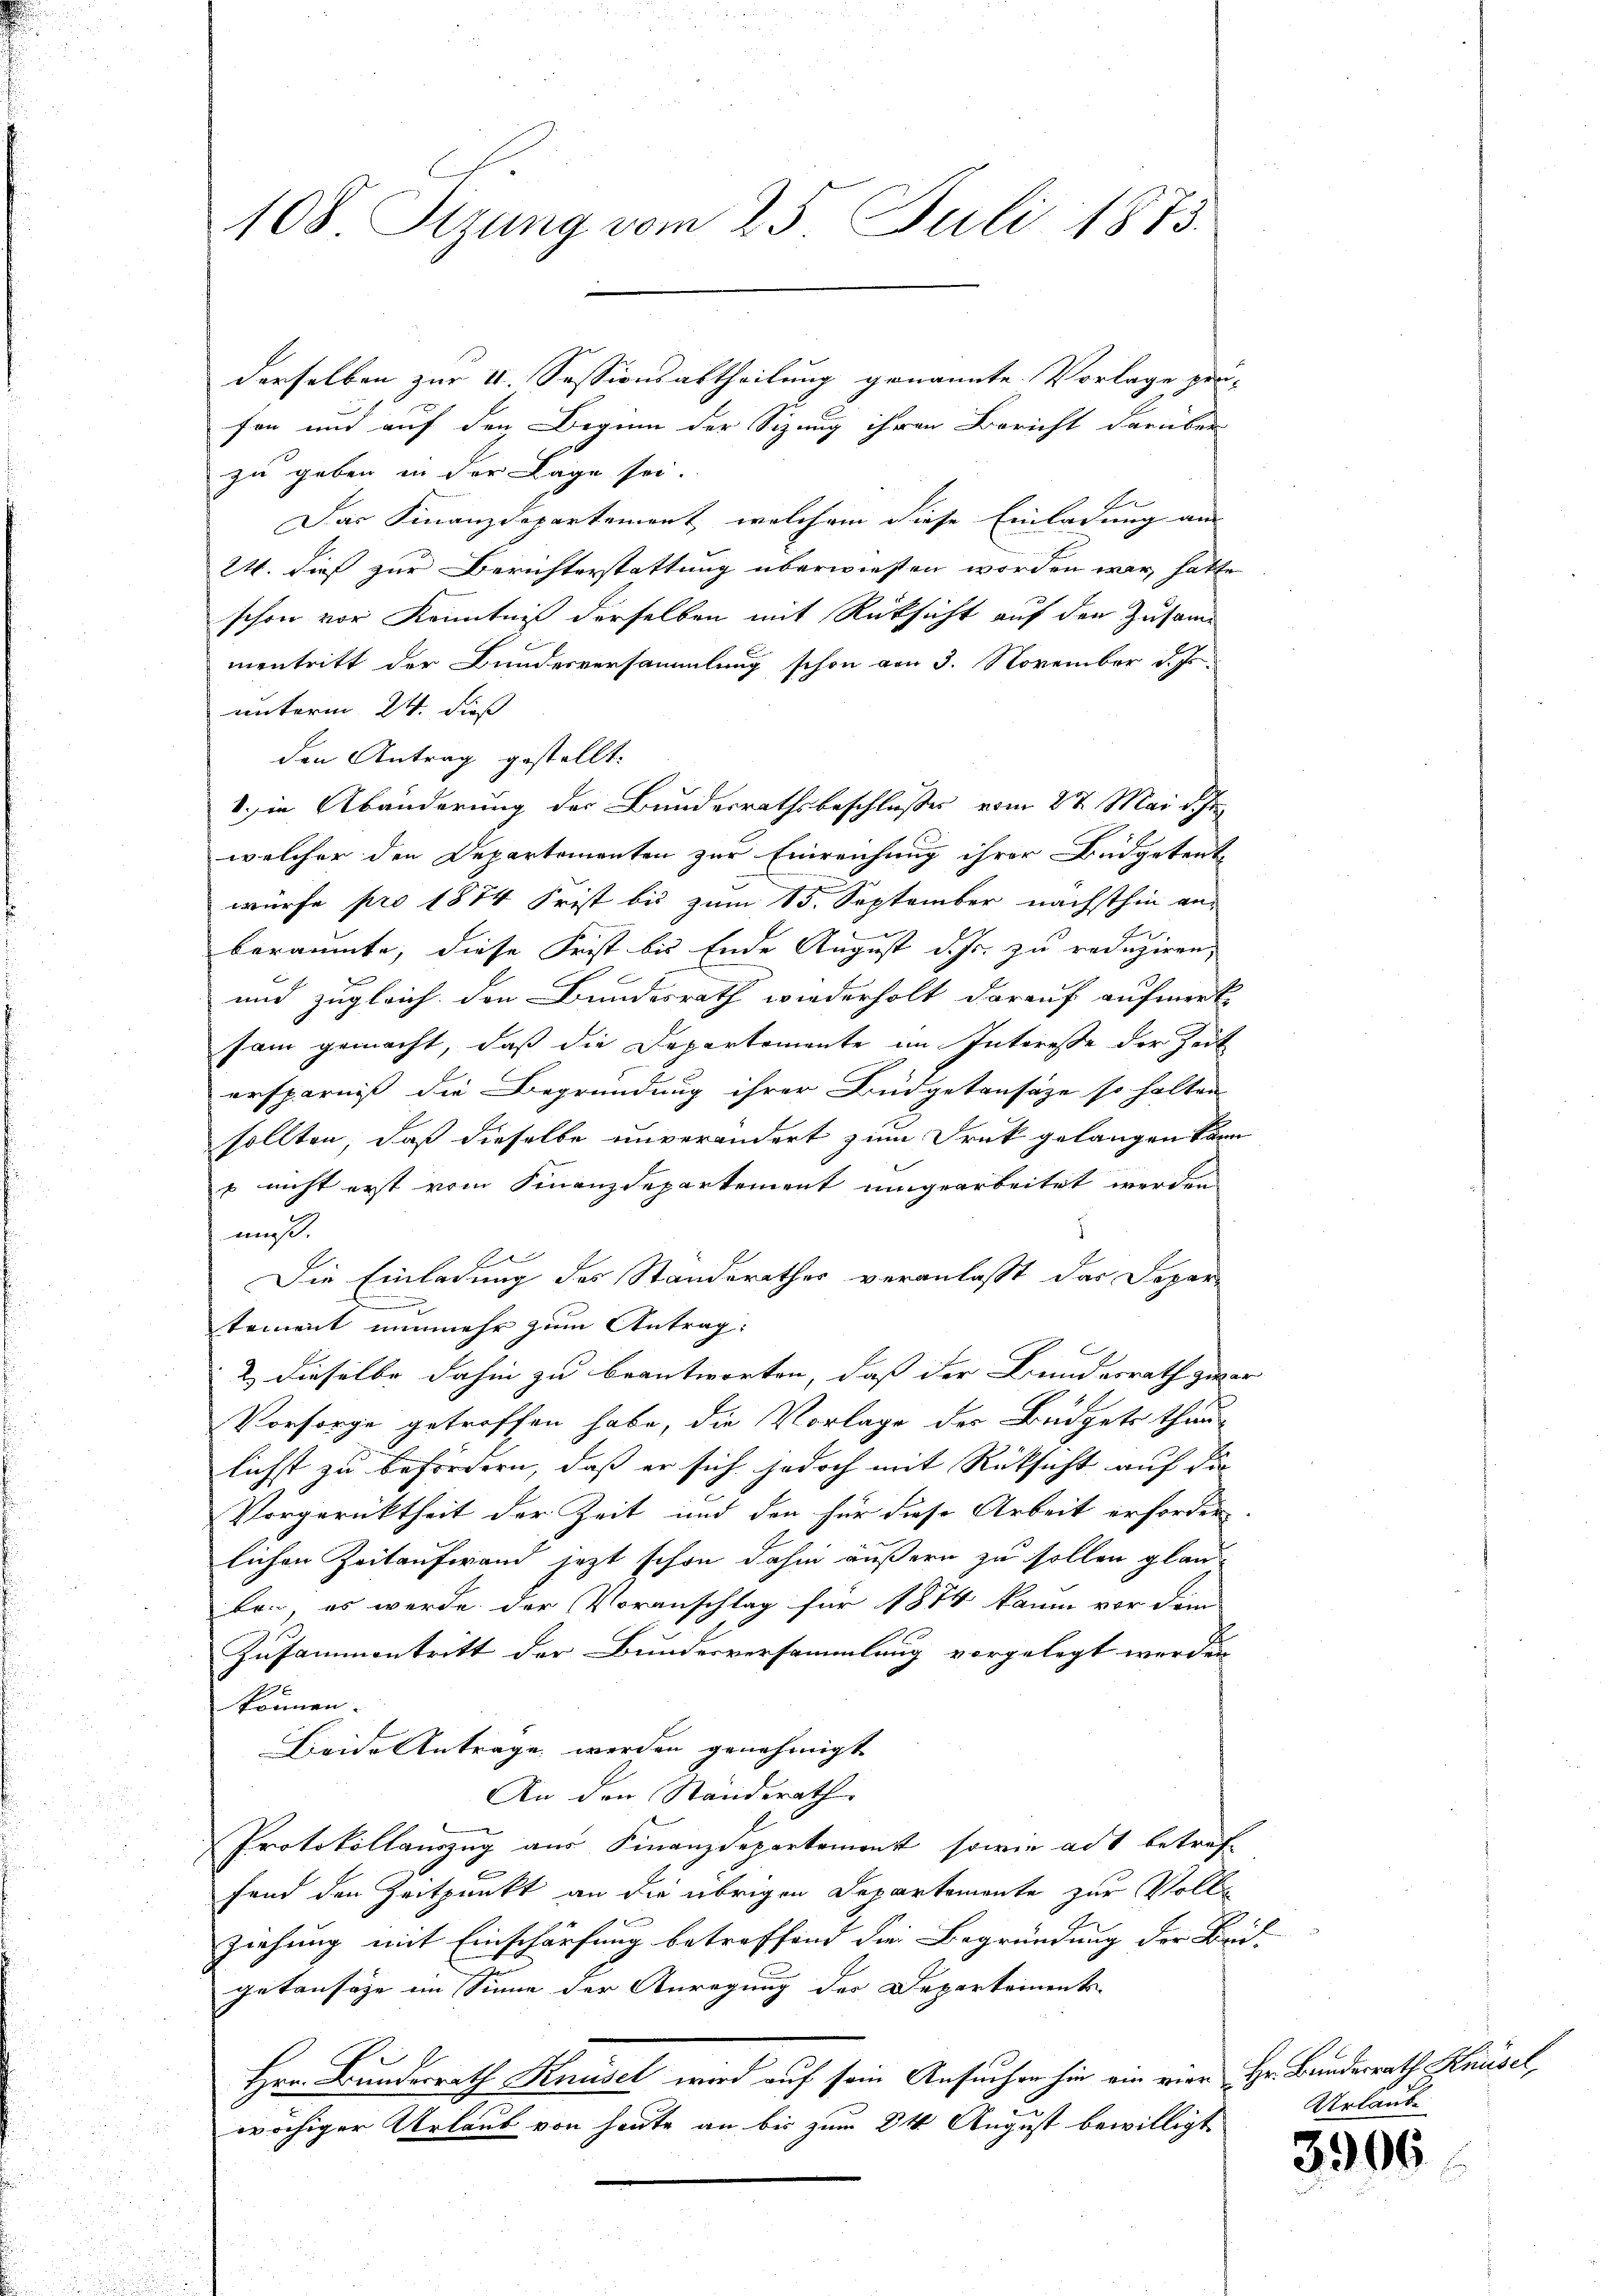
108 Sizung vom 25. Juli 1873.

fon und auf den Beginn der Sizung ihren Bericht darüber
zu geben in der Lage sei.
Das Finanzdepartement, welchem diese Einladung an |
24. dies zur Berichterstattung überwiesen worden war, hatte
schon vor Kenntniß derselben mit Rücksicht auf den Zusamm
mentritt der Bundesversammlung schon am 3. November d. Js.
unterm 24. dieß
den Antrag gestellt:
1. in Abänderung der Bundesrathsbeschlusses vom 27. Mai d. Jun
welcher den Departementen zur Einreichung ihrer Budgetente
würfe pro 1874 Frist bis zum 15. September nächsthin an-
beraumte, diese Frist bis Ende August d. Js. zu reduziren,
und zugleich den Bundesrath wiederholt darauf aufmerk-
sam gemacht, daß die Departemente im Interesse der Zeit
ersparniß die Begründung ihrer Büdgetansäze so halten
sollten, daß dieselbe unverändert zum Druk gelangen kann
s nicht erst vom Finanzdepartement umgearbeitet werden
mi.
f
Die Einladung des Standerathes veranlaßt das Depar
.
tement nunmehr zum Antrag:
2) dieselbe dahin zu beantworten, daß der Bundesrath zwar
Vorsorge getroffen habe, die Vorlage der Büdgets than-
lichst zu befördern, daß er sich jedoch mit Rücksicht auf die
Vorgerücktheit der Zeit und den für diese Arbeit erforder-
lichen Zeitaufwand jezt schon dahin äußern zu sollen glau
ken, es werde der Voranschlag für 1874 kaum vor dem
Zusammentritt der Bundesversammlung vorgelegt werden
können.
Leide Antrage werden genehmigt
An den Standerath
Protokollauszug aus Finanzdepartement, sowie adt betref-
fend den Zeitpunkt an die übrigen Departemente zur Vollziehung mit Einschärfung betreffend die Begründung der Bei-
getansage im Sinne der Anregung der Departements-
Hrn. Bundesrath Knüsel wird auf sein Ansuchen hin ein vier Hr. Bundesrath Knüsel,
wöchiger Urlaub von heute an bis zum 24 August bewilligt

derselben zur V. Sessionsabtheilung genannte Vorlage prä-

Urlaube

3906